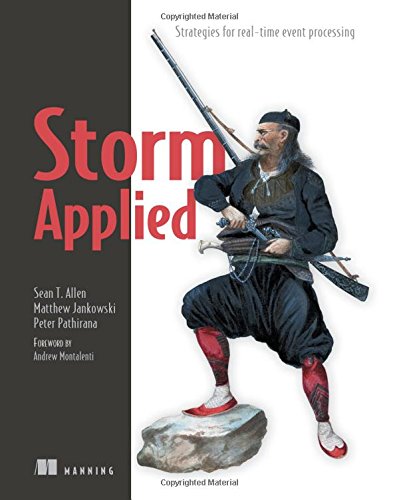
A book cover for Storm Applied: Strategies for real-time event processing; Sean T. Allen; Computers & Technology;